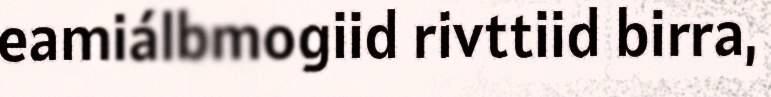
eamiálbmogiid rivttiid birra,